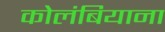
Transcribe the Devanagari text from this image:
कोलंबियाना